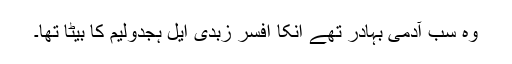
وہ سب آدمی بہادر تھے انکا افسر زبدی ایل ہجدولیم کا بیٹا تھا۔